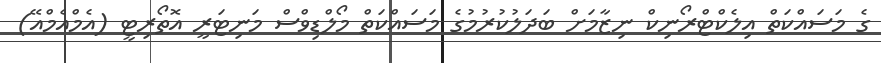
ގެ މަސައްކަތް އިލެކްޓްރޯނިކް ނިޒާމަށް ބަދަލުކުރުމުގެ މަސައްކަތް މޯލްޑިވްސް މަނިޓަރީ އޮތޯރިޓީ (އެމްއެމްއޭ)